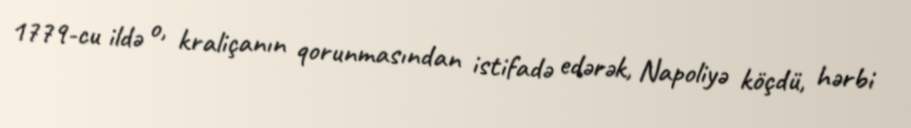
1779-cu ildə o, kraliçanın qorunmasından istifadə edərək, Napoliyə köçdü, hərbi